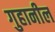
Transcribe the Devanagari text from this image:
गुहानील